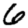
Digit: 6